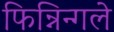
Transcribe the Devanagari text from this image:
फिन्निन्गले